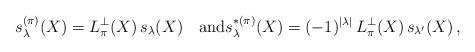
LaTeX: \begin{align*} s^{(\pi)}_\lambda(X) = L^\perp_\pi(X)\, s_\lambda(X)\quad\mbox{and} s^{*(\pi)}_\lambda(X) = (-1)^{|\lambda|}\, L^\perp_{\pi}(X)\, s_{\lambda'}(X)\,,\end{align*}